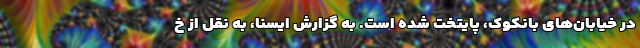
در خیابان‌های بانکوک، پایتخت شده است. به گزارش ایسنا، به نقل از خ